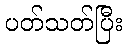
ပတ်သတ်ပြီး